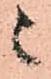
候